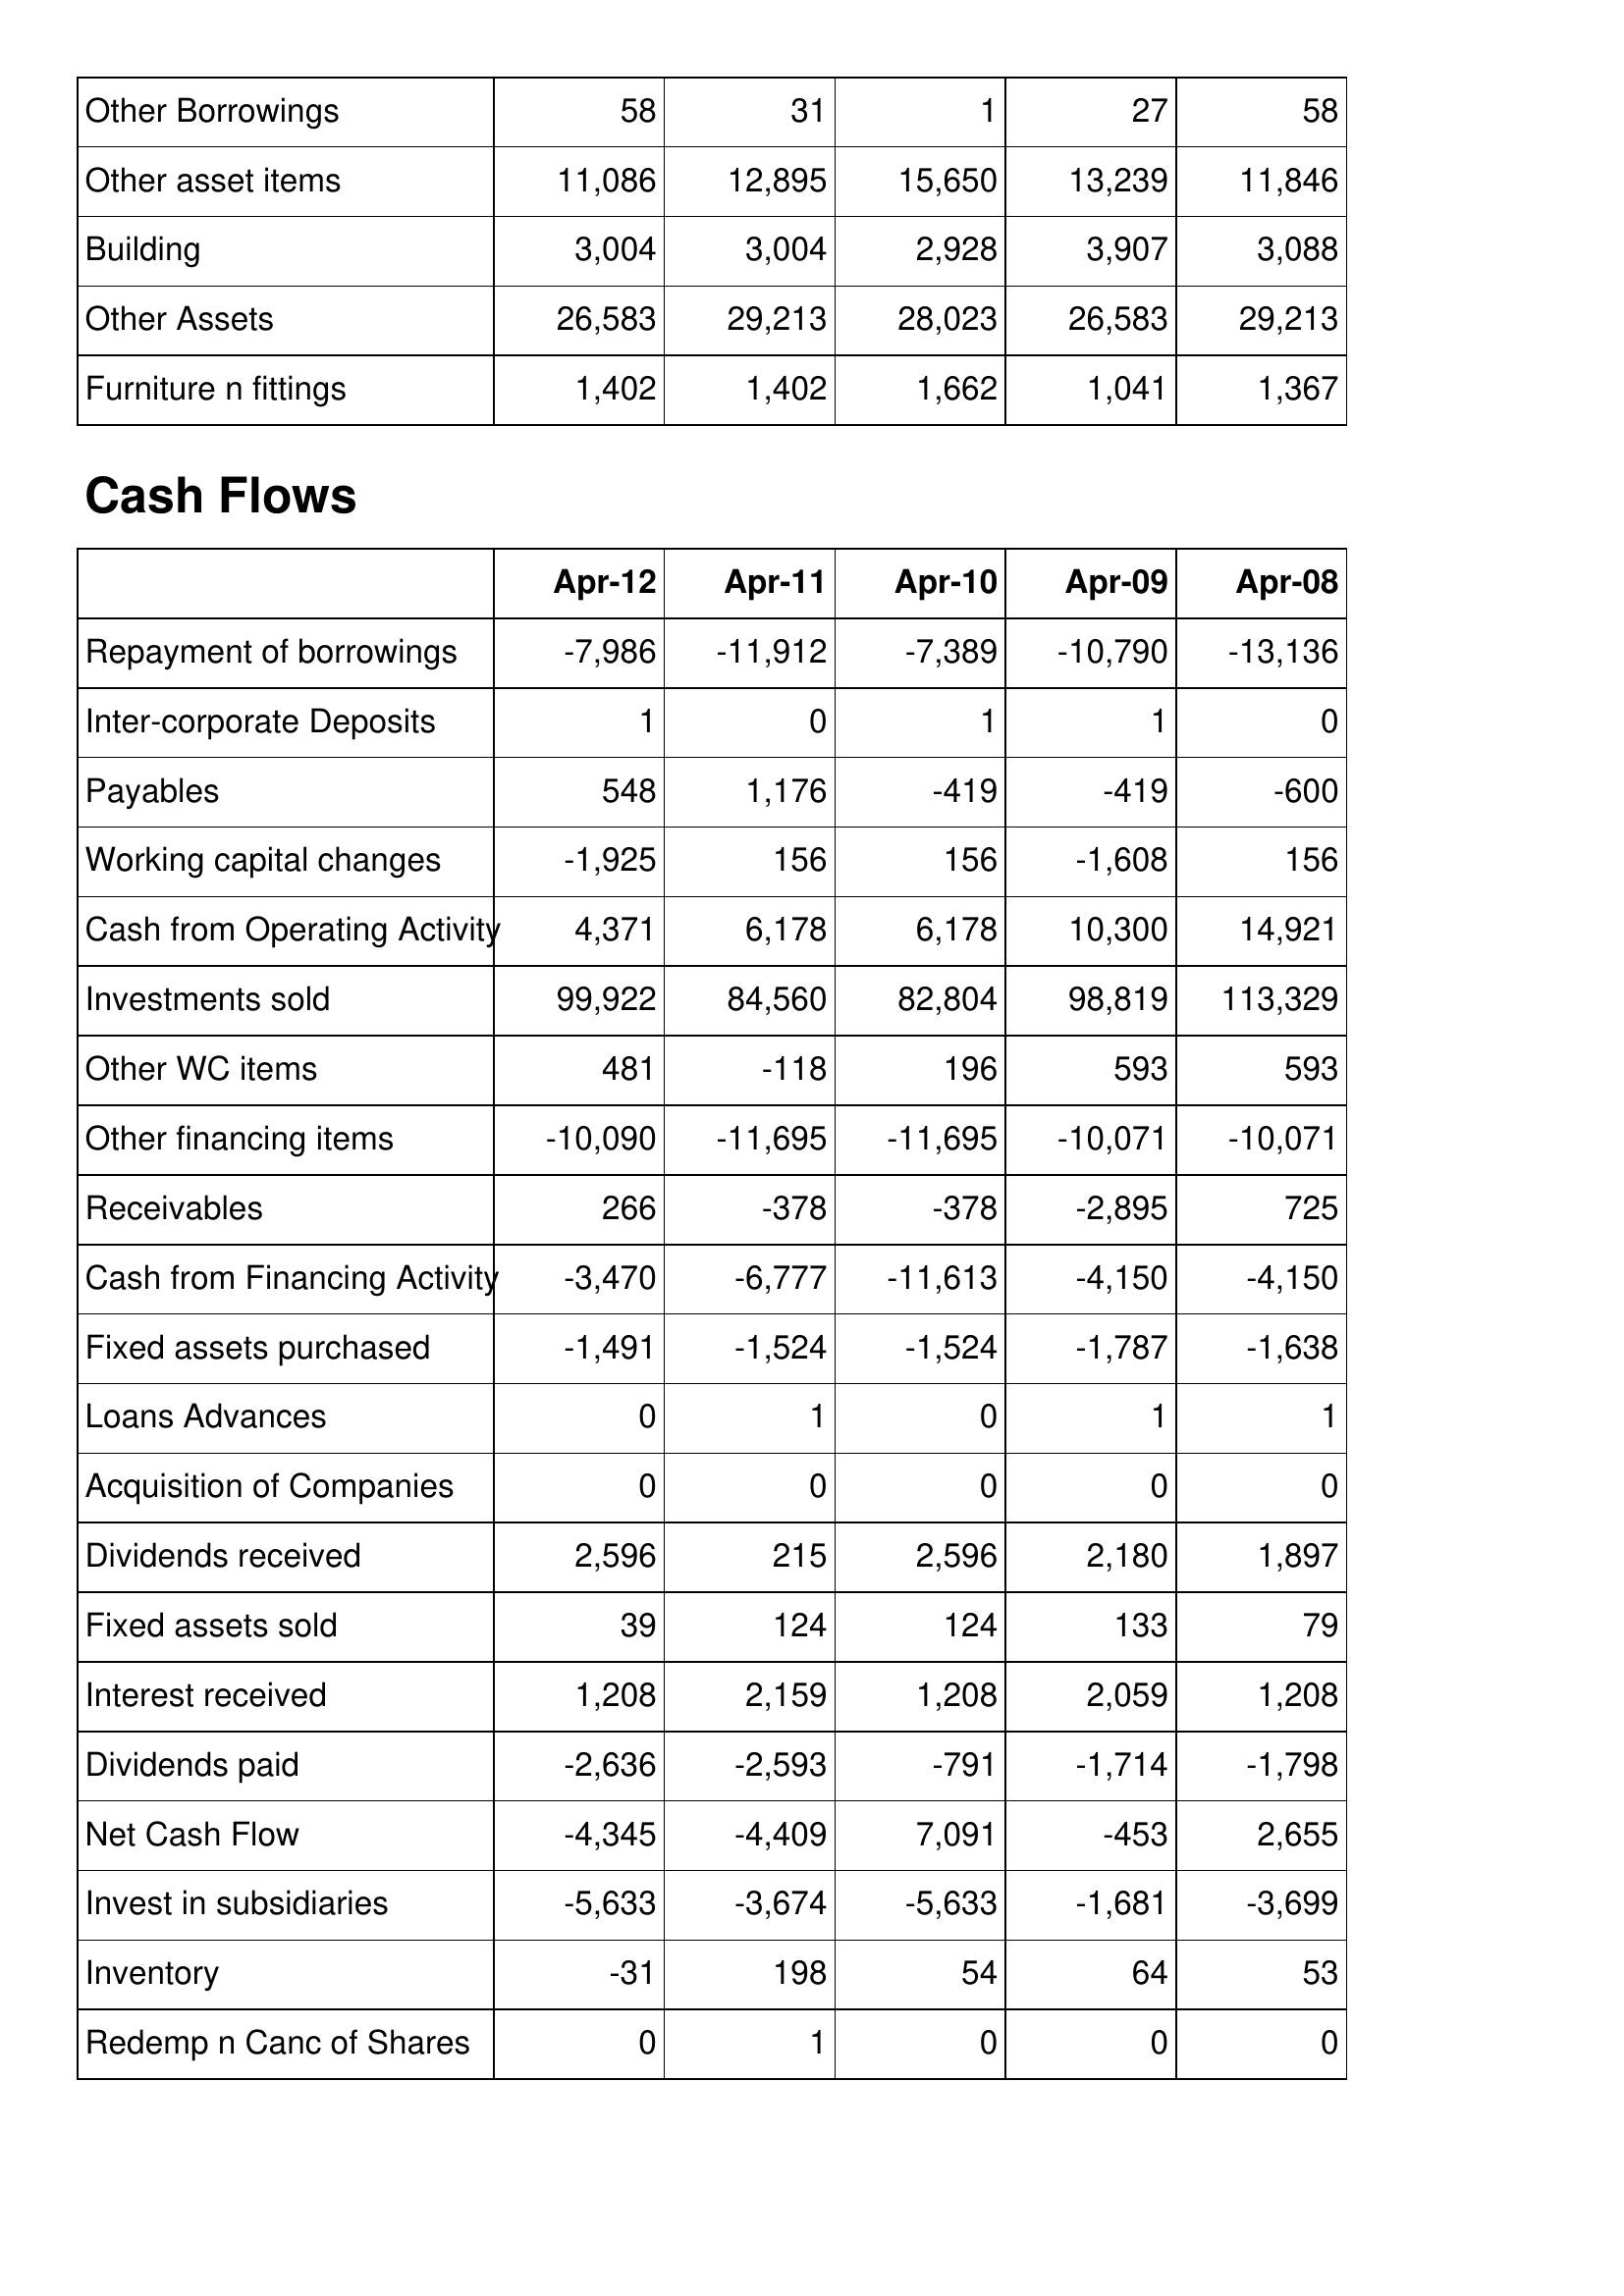
Apr-12: Balance Sheet: Other Borrowings: 58
Other asset items: 11,086
Building: 3,004
Other Assets: 26,583
Furniture n fittings: 1,402
Cash Flows: Repayment of borrowings: -7,986
Inter-corporate Deposits: 1
Payables: 548
Working capital changes: -1,925
Cash from Operating Activity: 4,371
Investments sold: 99,922
Other WC items: 481
Other financing items: -10,090
Receivables: 266
Cash from Financing Activity: -3,470
Fixed assets purchased: -1,491
Loans Advances: 0
Acquisition of Companies: 0
Dividends received: 2,596
Fixed assets sold: 39
Interest received: 1,208
Dividends paid: -2,636
Net Cash Flow: -4,345
Invest in subsidiaries: -5,633
Inventory: -31
Redemp n Canc of Shares: 0
Apr-11: Balance Sheet: Other Borrowings: 31
Other asset items: 12,895
Building: 3,004
Other Assets: 29,213
Furniture n fittings: 1,402
Cash Flows: Repayment of borrowings: -11,912
Inter-corporate Deposits: 0
Payables: 1,176
Working capital changes: 156
Cash from Operating Activity: 6,178
Investments sold: 84,560
Other WC items: -118
Other financing items: -11,695
Receivables: -378
Cash from Financing Activity: -6,777
Fixed assets purchased: -1,524
Loans Advances: 1
Acquisition of Companies: 0
Dividends received: 215
Fixed assets sold: 124
Interest received: 2,159
Dividends paid: -2,593
Net Cash Flow: -4,409
Invest in subsidiaries: -3,674
Inventory: 198
Redemp n Canc of Shares: 1
Apr-10: Balance Sheet: Other Borrowings: 1
Other asset items: 15,650
Building: 2,928
Other Assets: 28,023
Furniture n fittings: 1,662
Cash Flows: Repayment of borrowings: -7,389
Inter-corporate Deposits: 1
Payables: -419
Working capital changes: 156
Cash from Operating Activity: 6,178
Investments sold: 82,804
Other WC items: 196
Other financing items: -11,695
Receivables: -378
Cash from Financing Activity: -11,613
Fixed assets purchased: -1,524
Loans Advances: 0
Acquisition of Companies: 0
Dividends received: 2,596
Fixed assets sold: 124
Interest received: 1,208
Dividends paid: -791
Net Cash Flow: 7,091
Invest in subsidiaries: -5,633
Inventory: 54
Redemp n Canc of Shares: 0
Apr-09: Balance Sheet: Other Borrowings: 27
Other asset items: 13,239
Building: 3,907
Other Assets: 26,583
Furniture n fittings: 1,041
Cash Flows: Repayment of borrowings: -10,790
Inter-corporate Deposits: 1
Payables: -419
Working capital changes: -1,608
Cash from Operating Activity: 10,300
Investments sold: 98,819
Other WC items: 593
Other financing items: -10,071
Receivables: -2,895
Cash from Financing Activity: -4,150
Fixed assets purchased: -1,787
Loans Advances: 1
Acquisition of Companies: 0
Dividends received: 2,180
Fixed assets sold: 133
Interest received: 2,059
Dividends paid: -1,714
Net Cash Flow: -453
Invest in subsidiaries: -1,681
Inventory: 64
Redemp n Canc of Shares: 0
Apr-08: Balance Sheet: Other Borrowings: 58
Other asset items: 11,846
Building: 3,088
Other Assets: 29,213
Furniture n fittings: 1,367
Cash Flows: Repayment of borrowings: -13,136
Inter-corporate Deposits: 0
Payables: -600
Working capital changes: 156
Cash from Operating Activity: 14,921
Investments sold: 113,329
Other WC items: 593
Other financing items: -10,071
Receivables: 725
Cash from Financing Activity: -4,150
Fixed assets purchased: -1,638
Loans Advances: 1
Acquisition of Companies: 0
Dividends received: 1,897
Fixed assets sold: 79
Interest received: 1,208
Dividends paid: -1,798
Net Cash Flow: 2,655
Invest in subsidiaries: -3,699
Inventory: 53
Redemp n Canc of Shares: 0